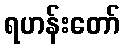
ရဟန်းတော်